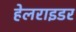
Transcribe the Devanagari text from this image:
हेलराइडर